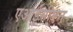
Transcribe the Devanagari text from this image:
एआईसीएन